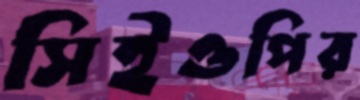
সিইওপির